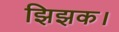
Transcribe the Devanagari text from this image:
झिझक।